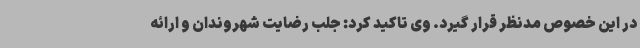
در این خصوص مدنظر قرار گیرد. وی تاکید کرد: جلب رضایت شهروندان و ارائه